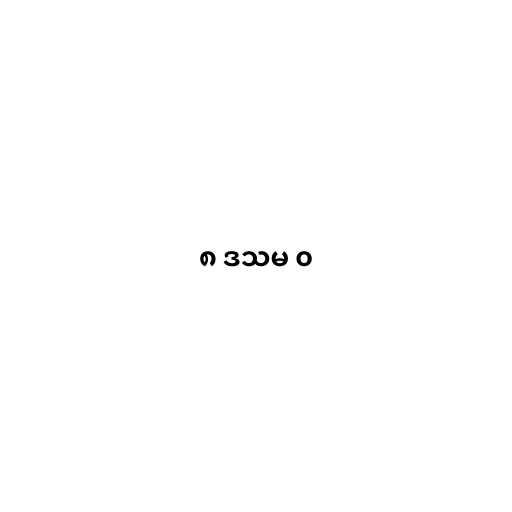
၈ ဒသမ ၀